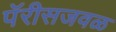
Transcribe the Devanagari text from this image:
पॅरीसजवळ